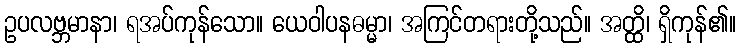
ဥပလဗ္ဘမာနာ၊ ရအပ်ကုန်သော။ ယေဝါပနဓမ္မာ၊ အကြင်တရားတို့သည်။ အတ္ထိ၊ ရှိကုန်၏။